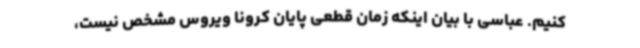
کنیم. عباسی با بیان اینکه زمان قطعی پایان کرونا ویروس مشخص نیست،